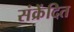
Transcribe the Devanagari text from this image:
संक्रेंदित